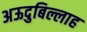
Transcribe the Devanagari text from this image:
अऊदुबिल्लाह